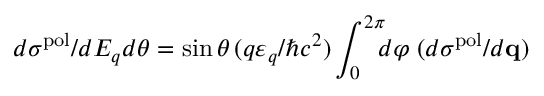
d \sigma ^ { \mathrm { p o l } } / d E _ { q } d \theta = \sin \theta \, ( q \varepsilon _ { q } / \hbar c ^ { 2 } ) \int _ { 0 } ^ { 2 \pi } \! \! \! d \varphi \; ( d \sigma ^ { \mathrm { p o l } } / d { \bf q } )